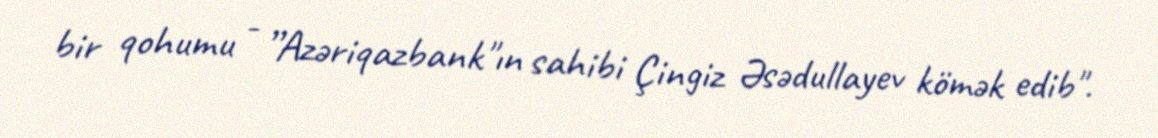
bir qohumu - ”Azəriqazbank"ın sahibi Çingiz Əsədullayev kömək edib".